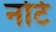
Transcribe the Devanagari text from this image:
नोटे